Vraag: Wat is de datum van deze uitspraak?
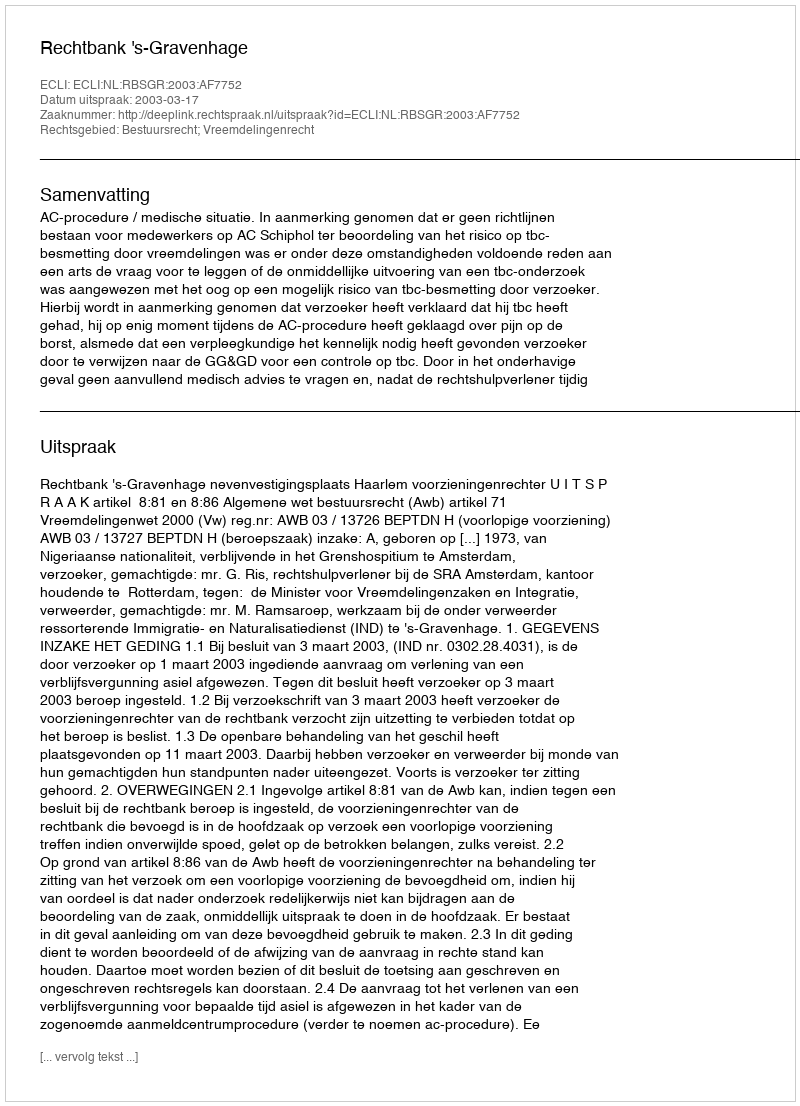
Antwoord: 2003-03-17